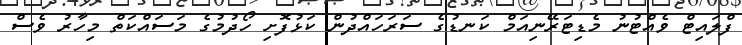
ފްލައިޓް ވެއްޓުނު މެޑިޓަރޭނިއަމް ކަނޑުގެ ސަރަހައްދުން ކަޅުފޮށި ހޯދުމުގެ މަސައްކަތް މިހާރު ވެސް